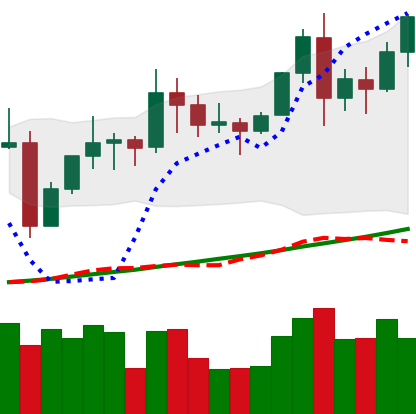
Ticker: TRX-USD
Chart end date: 2021-11-14
Forward return: -11.061%
Label: down_7plus